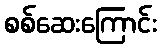
စစ်ဆေးကြောင်း